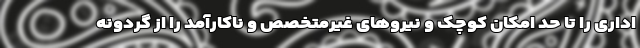
اداری را تا حد امکان کوچک و نیروهای غیر‌متخصص و ناکارآمد را از گردونه